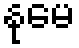
နုမေ